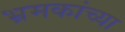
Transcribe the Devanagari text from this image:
भ्रमकांच्या